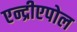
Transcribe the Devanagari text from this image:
एन्द्रीएपोल